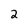
Character: 2